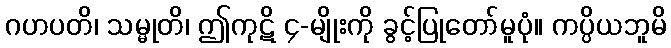
ဂဟပတိ၊ သမ္မုတိ၊ ဤကုဋိ ၄-မျိုးကို ခွင့်ပြုတော်မူပုံ။ ကပ္ပိယဘူမိ